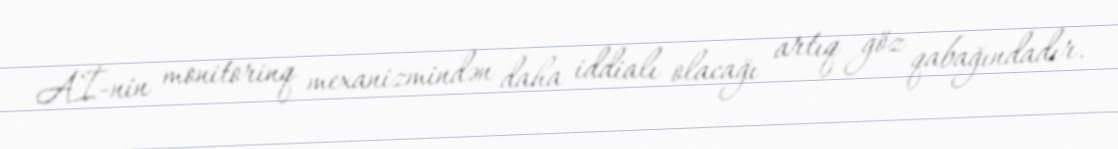
Aİ-nin monitorinq mexanizmindən daha iddialı olacağı artıq göz qabağındadır.